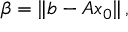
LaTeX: \beta = \| b - A x _ { 0 } \| \, ,